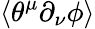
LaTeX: \langle\theta^{\mu}\partial_{\nu}\phi\rangle